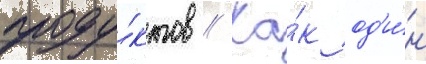
проду́ктов // Ка́к од'и́н